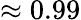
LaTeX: \approx 0.99